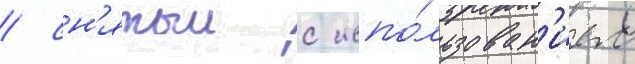
/ сн'ятыи с испо́льзован'ием